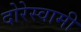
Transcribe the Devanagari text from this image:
दोरेस्वामी